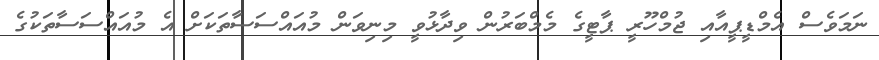
ނަމަވެސް އެމްޑީޕީއާއި ޖުމްހޫރީ ޕާޓީގެ މެމްބަރުން ވިދާޅުވީ މިނިވަން މުއައްސަސާތަކަށް އެ މުއައްސަސާތަކުގެ